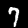
Label: 7